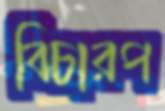
বিচারপ